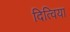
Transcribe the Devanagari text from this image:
दित्विया